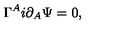
\Gamma ^ { A } i \partial _ { A } \Psi = 0 ,